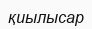
қиылысар